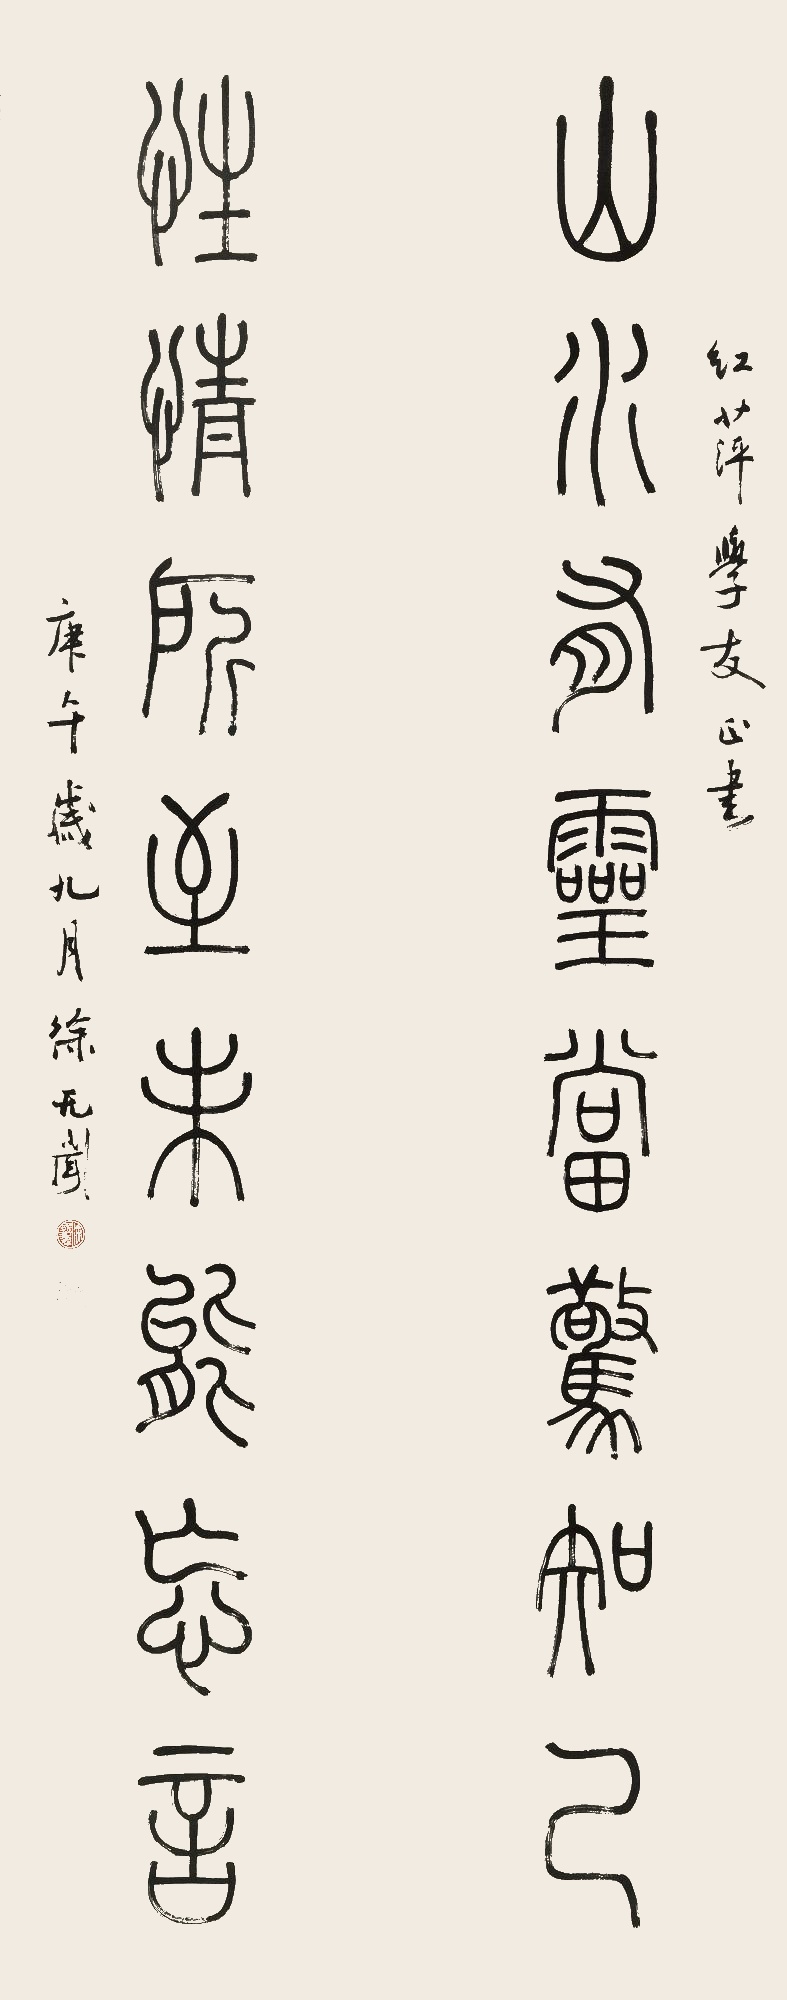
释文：山水有灵亦惊知己，性情所得未能忘言。红萍学友正书，庚午岁九月，徐无闻。